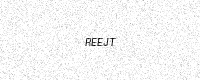
Text: REEJT